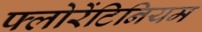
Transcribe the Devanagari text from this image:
फ्लोरेंटिनियम